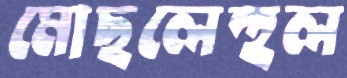
মোছলেহুল